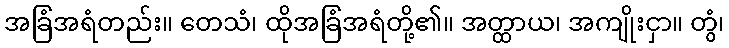
အခြံအရံတည်း။ တေသံ၊ ထိုအခြံအရံတို့၏။ အတ္ထာယ၊ အကျိုးငှာ။ တွံ၊